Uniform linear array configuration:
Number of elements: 8
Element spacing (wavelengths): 0.5
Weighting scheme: binomial
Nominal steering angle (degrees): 0
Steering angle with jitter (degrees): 0.1391
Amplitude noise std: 0.05
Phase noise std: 0.05

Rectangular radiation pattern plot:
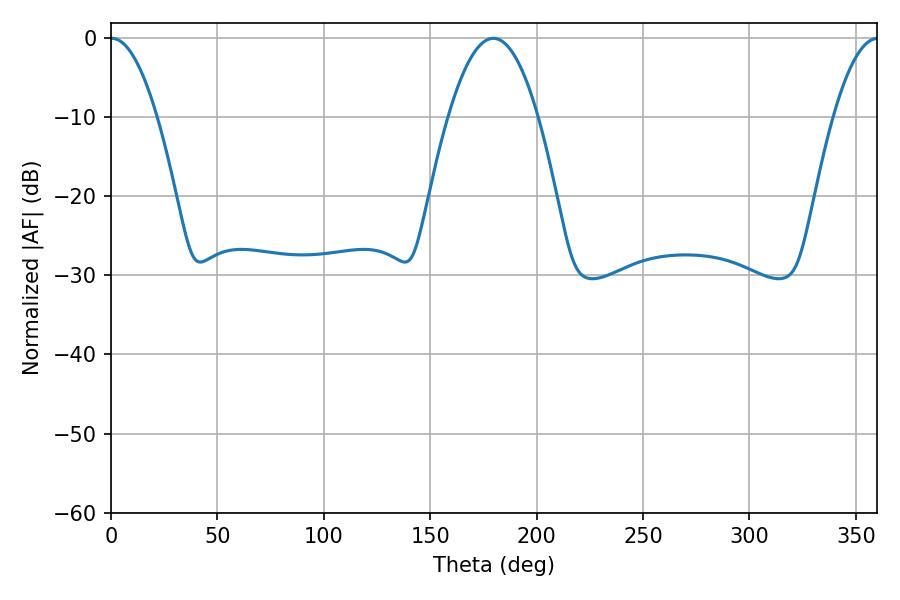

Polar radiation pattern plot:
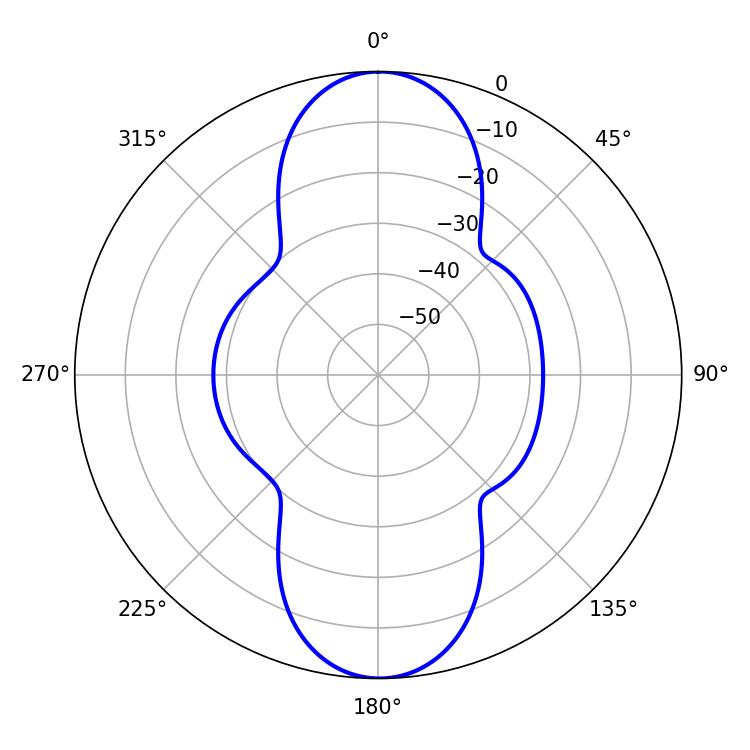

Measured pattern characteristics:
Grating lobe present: FALSE
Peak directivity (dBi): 24.412
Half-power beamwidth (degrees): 11.88
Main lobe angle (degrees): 0.36